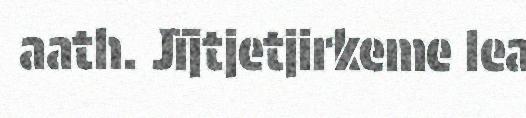
aath. Jïjtjetjirkeme lea